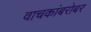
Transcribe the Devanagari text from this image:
वाचकांबरोबर